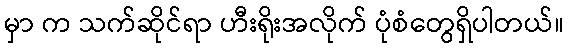
မှာ က သက်ဆိုင်ရာ ဟီးရိုးအလိုက် ပုံစံတွေရှိပါတယ်။